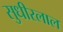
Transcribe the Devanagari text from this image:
सुधीरलाल